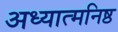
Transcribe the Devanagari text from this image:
अध्यात्मनिष्ठ